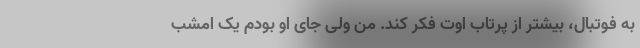
به فوتبال، بیشتر از پرتاب اوت فکر کند. من ولی جای او بودم یک امشب